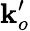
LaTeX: \mathbf{k}_{o}^{\prime}